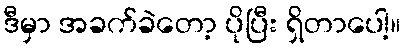
ဒီမှာ အခက်ခဲတော့ ပိုပြီး ရှိတာပေါ့။